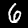
Digit: 6